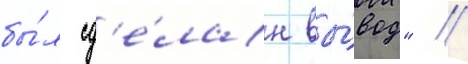
бы́л сд'е́лан вы́вод" //